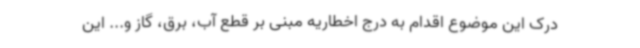
درک این موضوع اقدام به درج اخطاریه مبنی بر قطع آب، برق، گاز و... این